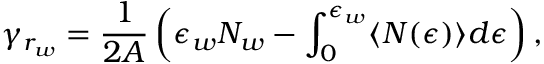
\gamma _ { r _ { w } } = \frac { 1 } { 2 A } \left( \epsilon _ { w } N _ { w } - \int _ { 0 } ^ { \epsilon _ { w } } \langle N ( \epsilon ) \rangle d \epsilon \right) ,